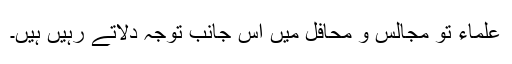
علماء تو مجالس و محافل میں اس جانب توجہ دلاتے رہیں ہیں۔